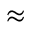
\approx